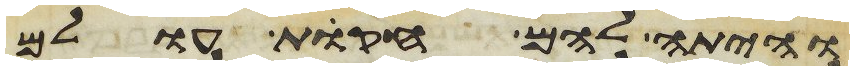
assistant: והיתה להם חקות עולם